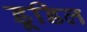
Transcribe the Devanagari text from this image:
डूडिल